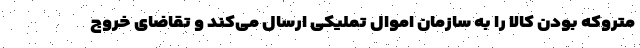
متروکه بودن کالا را به سازمان اموال تملیکی ارسال می‌کند و تقاضای خروج